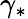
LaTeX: \gamma_{\ast}